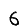
Digit: 6